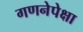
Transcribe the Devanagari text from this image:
गणनेपेक्षा